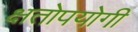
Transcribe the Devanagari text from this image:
क्षतोपयोगी